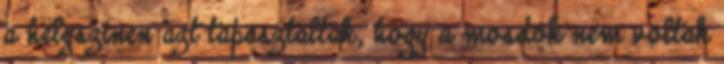
a helyszínen azt tapasztalták, hogy a mosdók nem voltak